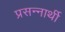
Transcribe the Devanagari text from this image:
प्रसन्नार्थी